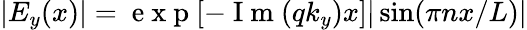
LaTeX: |E_{y}(x)|=\mathrm{~e~x~p~}[-\mathrm{~I~m~}(qk_{y})x]|\sin(\pi nx/L)|